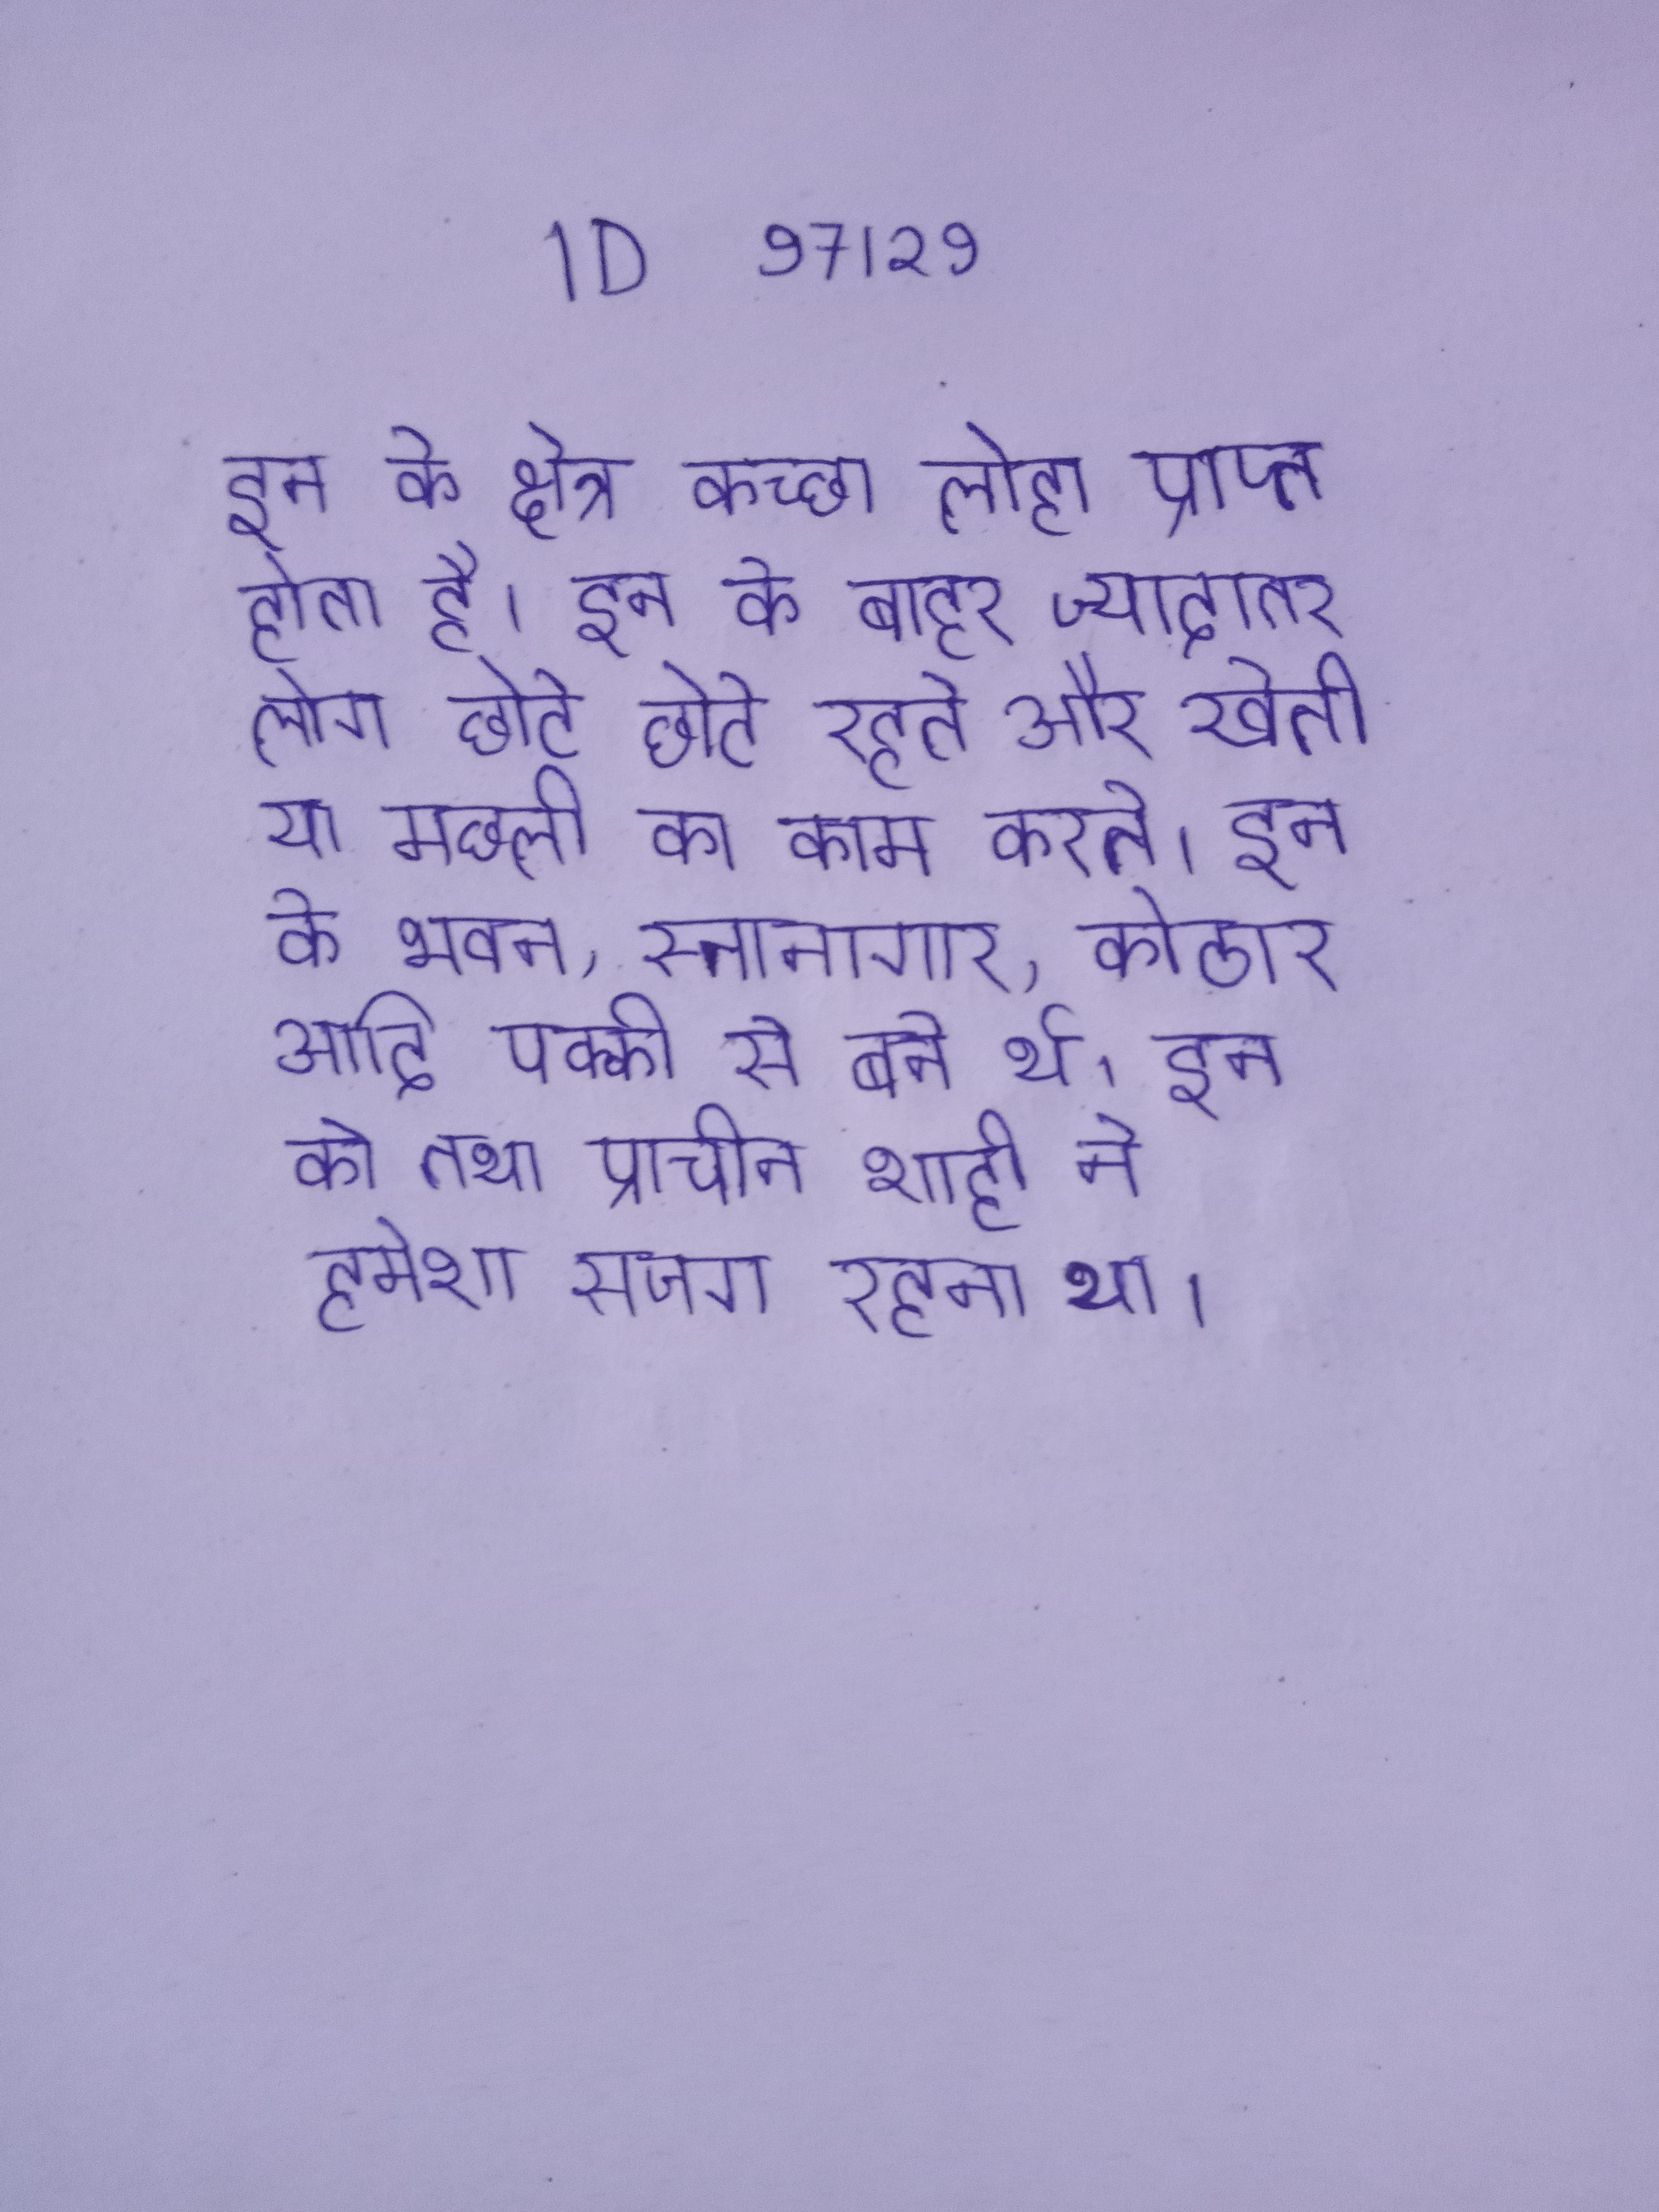
इन के क्षेत्र कच्छा लोहा प्राप्त होता है । इन के बाहर ज्यादातर लोग छोटे छोटे रहते और खेती या मछली का काम करते । इन के भवन, स्नानागार, कोठार आदि पक्की से बने थे । इन को तथा प्राचीन शाही ने हमेशा सजग रहना था ।